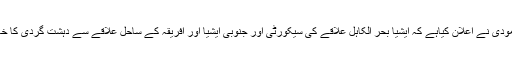
صدر میکرون اور وزیر اعظم مودی نے اعلان کیاہے کہ ایشیا بحر الکاہل علاقے کی سیکورٹی اور جنوبی ایشیا اور افریقہ کے ساحل علاقے سے دہشت گردی کا خاتمہ ان کے مشترکہ مقاصد ہیں۔